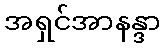
အရှင်အာနန္ဒာ